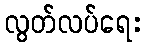
လွတ်လပ်ရေး